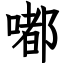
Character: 嘟